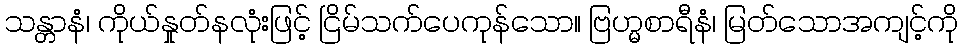
သန္တာနံ၊ ကိုယ်နှုတ်နလုံးဖြင့် ငြိမ်သက်ပေကုန်သော။ ဗြဟ္မစာရီနံ၊ မြတ်သောအကျင့်ကို